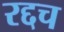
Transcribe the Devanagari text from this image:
रद्दच